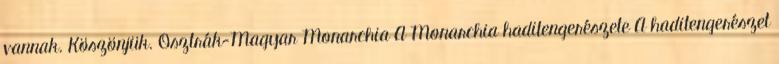
vannak. Köszönjük. Osztrák-Magyar Monarchia A Monarchia haditengerészete A haditengerészet